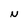
Character: N